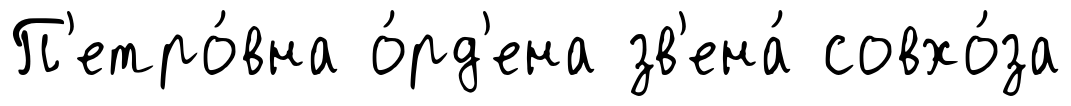
П'етро́вна о́рд'ена зв'ена́ совхо́за